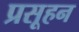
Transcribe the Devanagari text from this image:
प्रसूहन